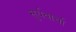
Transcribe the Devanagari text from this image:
सुर्यवार्चा